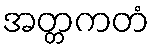
အတ္တကတံ